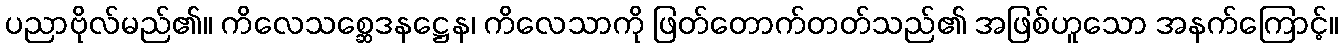
ပညာဗိုလ်မည်၏။ ကိလေသစ္ဆေဒနဋ္ဌေန၊ ကိလေသာကို ဖြတ်တောက်တတ်သည်၏ အဖြစ်ဟူသော အနက်ကြောင့်။